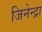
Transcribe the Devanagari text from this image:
जिनेन्द्रा